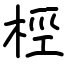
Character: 桱